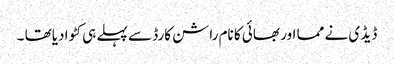
ڈیڈ ی نے مما اور بھائی کا نام راشن کارڈ سے پہلے ہی کٹوا دیاتھا ۔